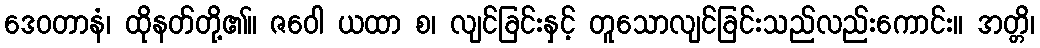
ဒေဝတာနံ၊ ထိုနတ်တို့၏။ ဇဝေါ ယထာ စ၊ လျင်ခြင်းနှင့် တူသောလျင်ခြင်းသည်လည်းကောင်း။ အတ္တိ၊